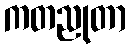
ကတညုတာ